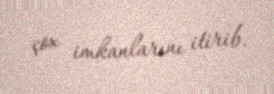
çox imkanlarını itirib.